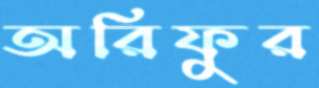
অরিফুর